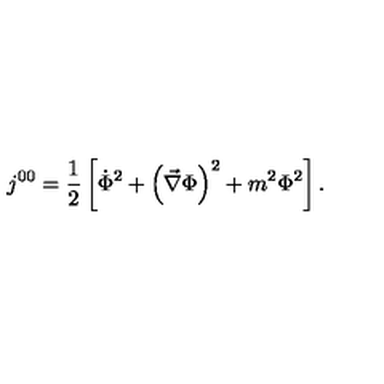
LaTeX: j ^ { 0 0 } = { \frac 1 2 } \left[ { \dot { \Phi } } ^ { 2 } + \left( \vec { \nabla } \Phi \right) ^ { 2 } + m ^ { 2 } \Phi ^ { 2 } \right] .